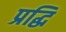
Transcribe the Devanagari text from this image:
प्रद्धि